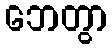
ဘေတွာ